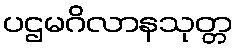
ပဌမဂိလာနသုတ္တ